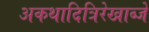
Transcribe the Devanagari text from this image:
अकथादित्रिरेखाब्जे